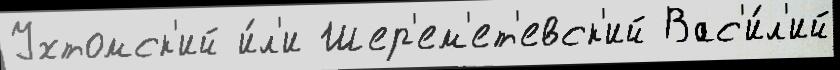
Ухтомск'ий и́л'и Шер'ем'ет'евск'ий Вас'и́л'ий